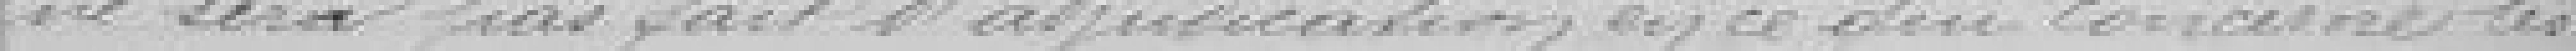
ne sera pas fait d'adjudication  en ce qui concerne les